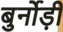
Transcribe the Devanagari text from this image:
बुर्नोड़ी